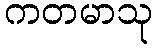
ကတမာသု